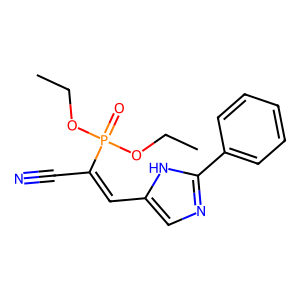
SMILES: CCOP(=O)(OCC)C(C#N)=Cc1cnc(-c2ccccc2)[nH]1
Inhibits HIV replication: No